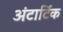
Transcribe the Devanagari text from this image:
अंटार्टिक